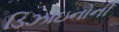
ડિઝાઇનોની